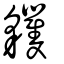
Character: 貜